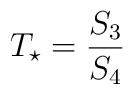
T_\star = {S_3 \over S_4}